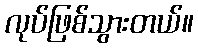
လုပ်ဖြစ်သွားတယ်။